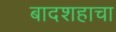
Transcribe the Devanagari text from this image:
बादशहाचा